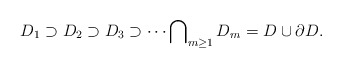
\begin{align*}D_{1} \supset D_{2} \supset D_{3} \supset \cdots \bigcap\nolimits_{m \ge 1} D_{m} = D \cup \partial D. \end{align*}